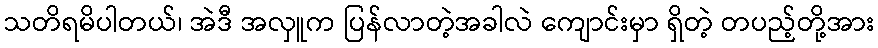
သတိရမိပါတယ်၊ အဲဒီ အလှူက ပြန်လာတဲ့အခါလဲ ကျောင်းမှာ ရှိတဲ့ တပည့်တို့အား